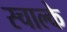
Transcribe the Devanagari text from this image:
स्चाल्के